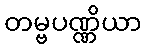
တမ္ဗပဏ္ဏိယာ